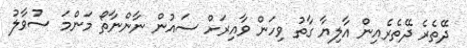
ދޭތެރެ ދޭތެރެއިން އާލިޔާ ގާތު ވިހަން ވާއިރަށް ސައުން ނާންނާތޯ މަންމަ ސުވާލު